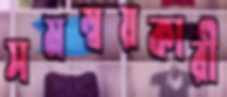
সমম্বয়কারী